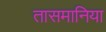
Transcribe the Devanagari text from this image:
तासमानिया